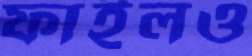
ফাইলও